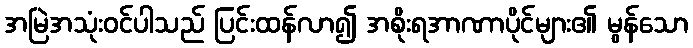
အမြဲအသုံးဝင်ပါသည် ပြင်းထန်လာ၍ အစိုးရအာဏာပိုင်များ၏ မွန်သော